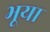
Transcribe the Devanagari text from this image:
भूया